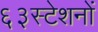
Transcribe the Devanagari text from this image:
६३स्टेशनों